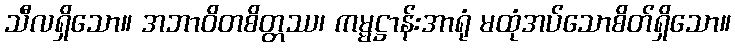
သီလရှိသော။ အဘာဝိတစိတ္တဿ၊ ကမ္မဋ္ဌာန်းအာရုံ မထုံအပ်သောစိတ်ရှိသော။